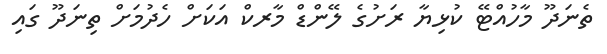
ތެނަދޫ މާހުއްޓޭ ކުޅިޔާ ރަށުގެ ލޭންޑް މާރކް އަކަށް ހެދުމަށް ތިނަދޫ ގައި